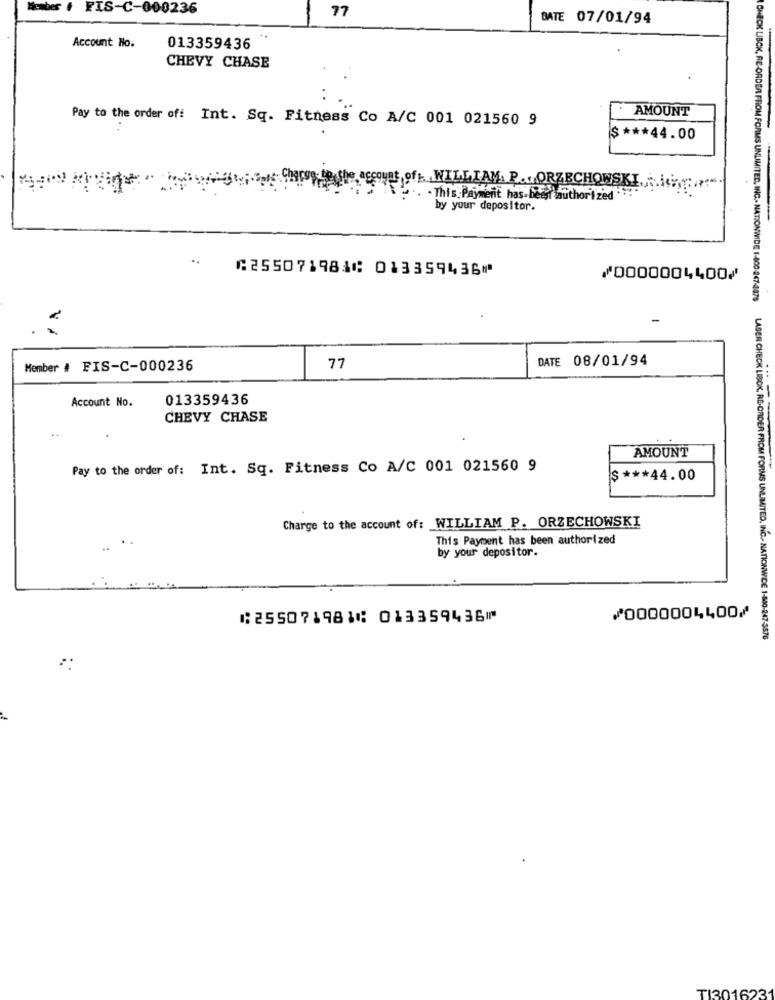
Member # FIS-C-000236
77
DATE 07/01/94
Account No.
013359436
CHEVY CHASE
· AMOUNT
Pay to the order of: Int. Sq. Fitness Co A/C 001 021560 9
$ *** 44.00
9ft WILLIAM. P.ORZECHOWSKI.
.. . This Payment has-betyr authorized ."
by your depositor.
⑆255071981⑆ 013359436⑈
⑇0000004400⑇
-
DATE 08/01/94
Member # FIS-C-000236
77
Account No.
013359436
CHEVY CHASE
AMOUNT
Pay to the order of: Int. Sq. Fitness Co A/C 001 021560 9
$ *** 44.00
Charge to the account of: WILLIAM P. ORZECHOWSKI
This Payment has been authorized
by your depositor.
⑆255071981⑆ 013359436⑈
⑇0000004400⑇
ONECK LIBCK, RE-ORDER FROM FORMS UNLIMITED, INC ., NATIONWIDE 1-800-247-4875 LASER CHECK LIBOK, RE-ORDER FROM FORMS UNLIMITED, INC ., NATIONWIDE 1-800-247-3576
TI301623